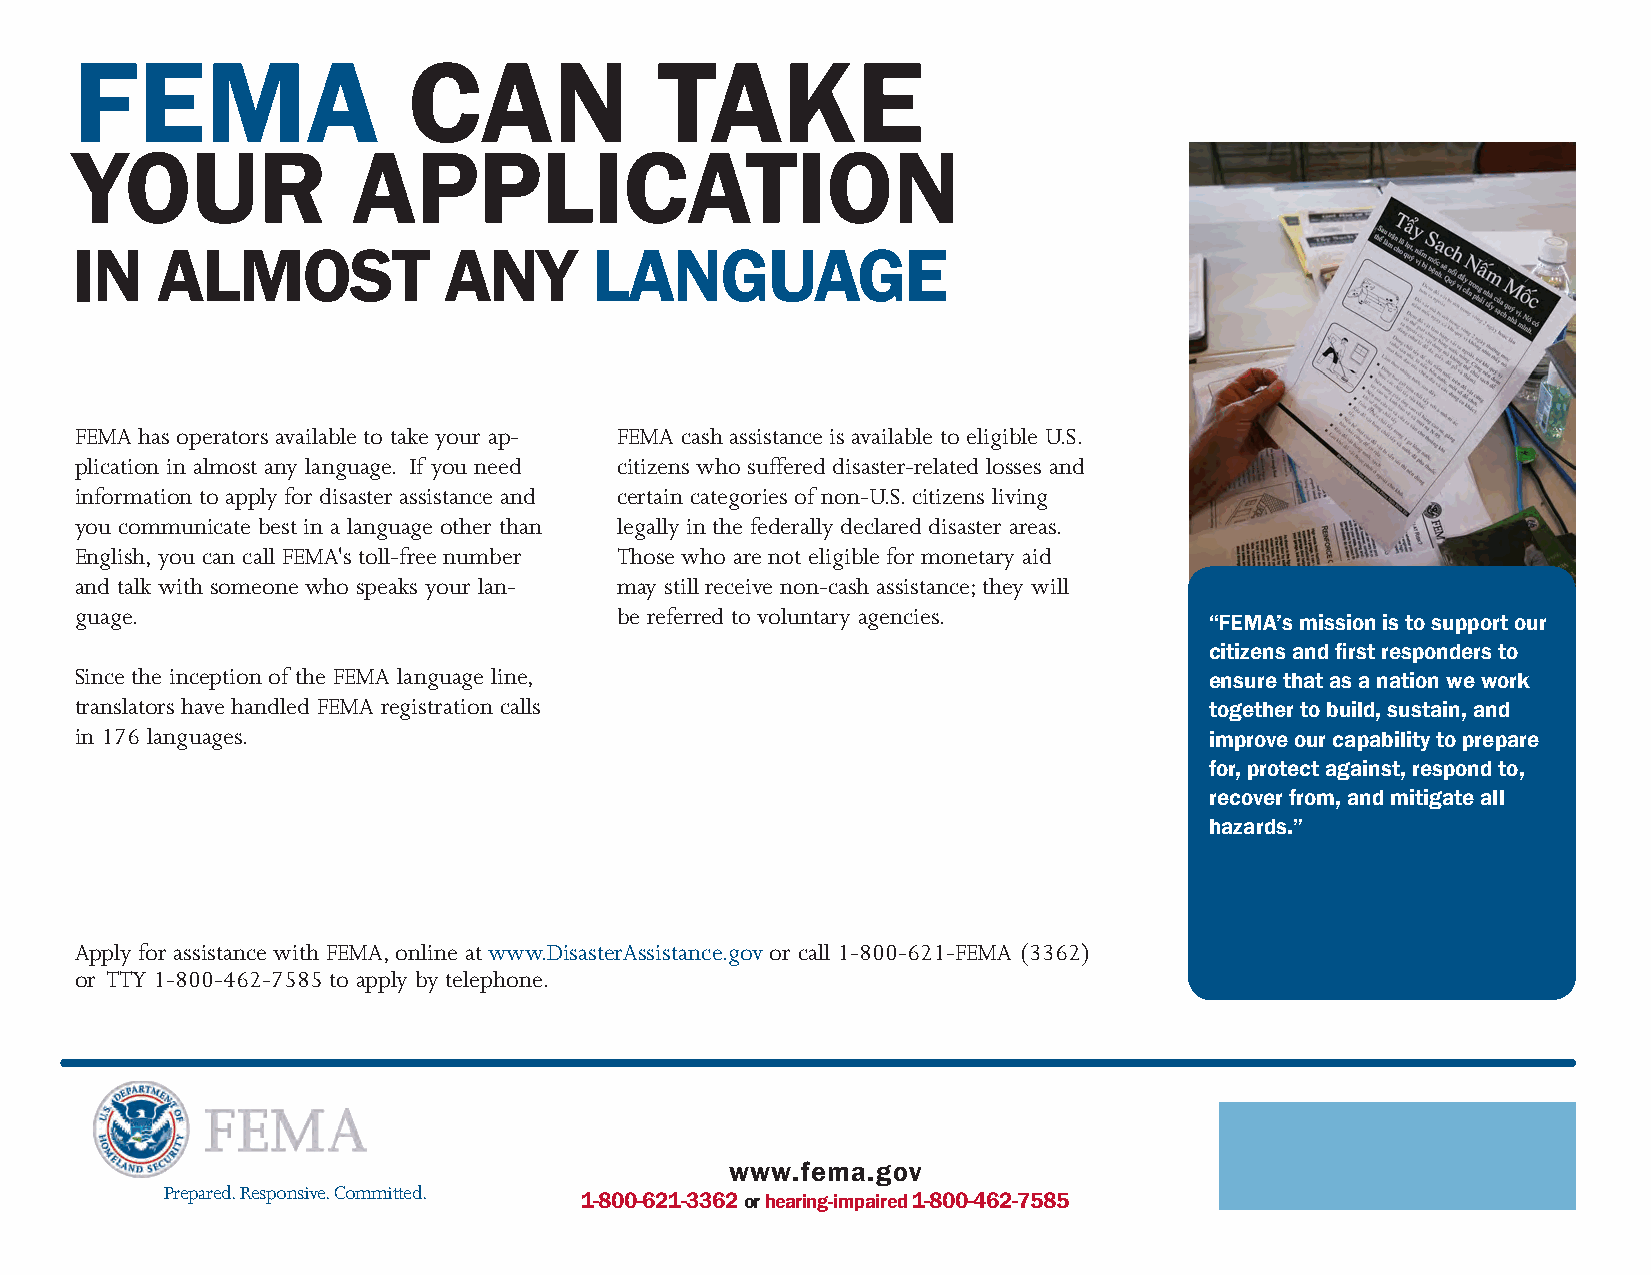
FEMA                  CAN              TAKE
 YOUR              APPLICATION
 IN   ALMOST             ANY       LANGUAGE
 FEMA has operators available to take your ap- FEMA cash assistance is available to eligible U.S.
 plication in almost any language. If you need citizens who suffered disaster-related losses and
 information to apply for disaster assistance and certain categories of non-U.S. citizens living
 you communicate best in a language other than legally in the federally declared disaster areas.
 English, you can call FEMA's toll-free number Those who are not eligible for monetary aid
 and talk with someone who speaks your lan- may still receive non-cash assistance; they will
 guage.                              be referred to voluntary agencies.
 “FEMA’s mission is to support our
 citizens and first responders to
 Since the inception of the FEMA language line,
 ensure that as a nation we work
 translators have handled FEMA registration calls                           together to build, sustain, and
 in 176 languages.                                                          improve our capability to prepare
 for, protect against, respond to,
 recover from, and mitigate all
 hazards.”
 Apply for assistance with FEMA, online at www.DisasterAssistance.gov or call 1-800-621-FEMA (3362)
 or TTY 1-800-462-7585 to apply by telephone.
 www.fema.gov
 Prepared. Responsive. Committed.
 1-800-621-3362 or hearing-impaired 1-800-462-7585